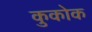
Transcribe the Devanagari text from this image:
कुकोक